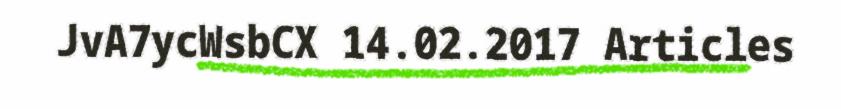
JvA7ycWsbCX 14.02.2017 Articles